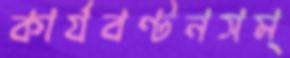
কার্যবণ্টনসম্